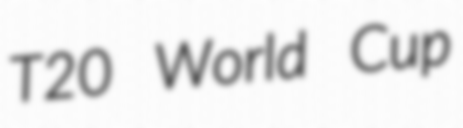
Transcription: T20 World Cup